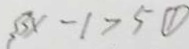
3 x - 1 > 5 \textcircled { 1 }